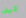
كيف